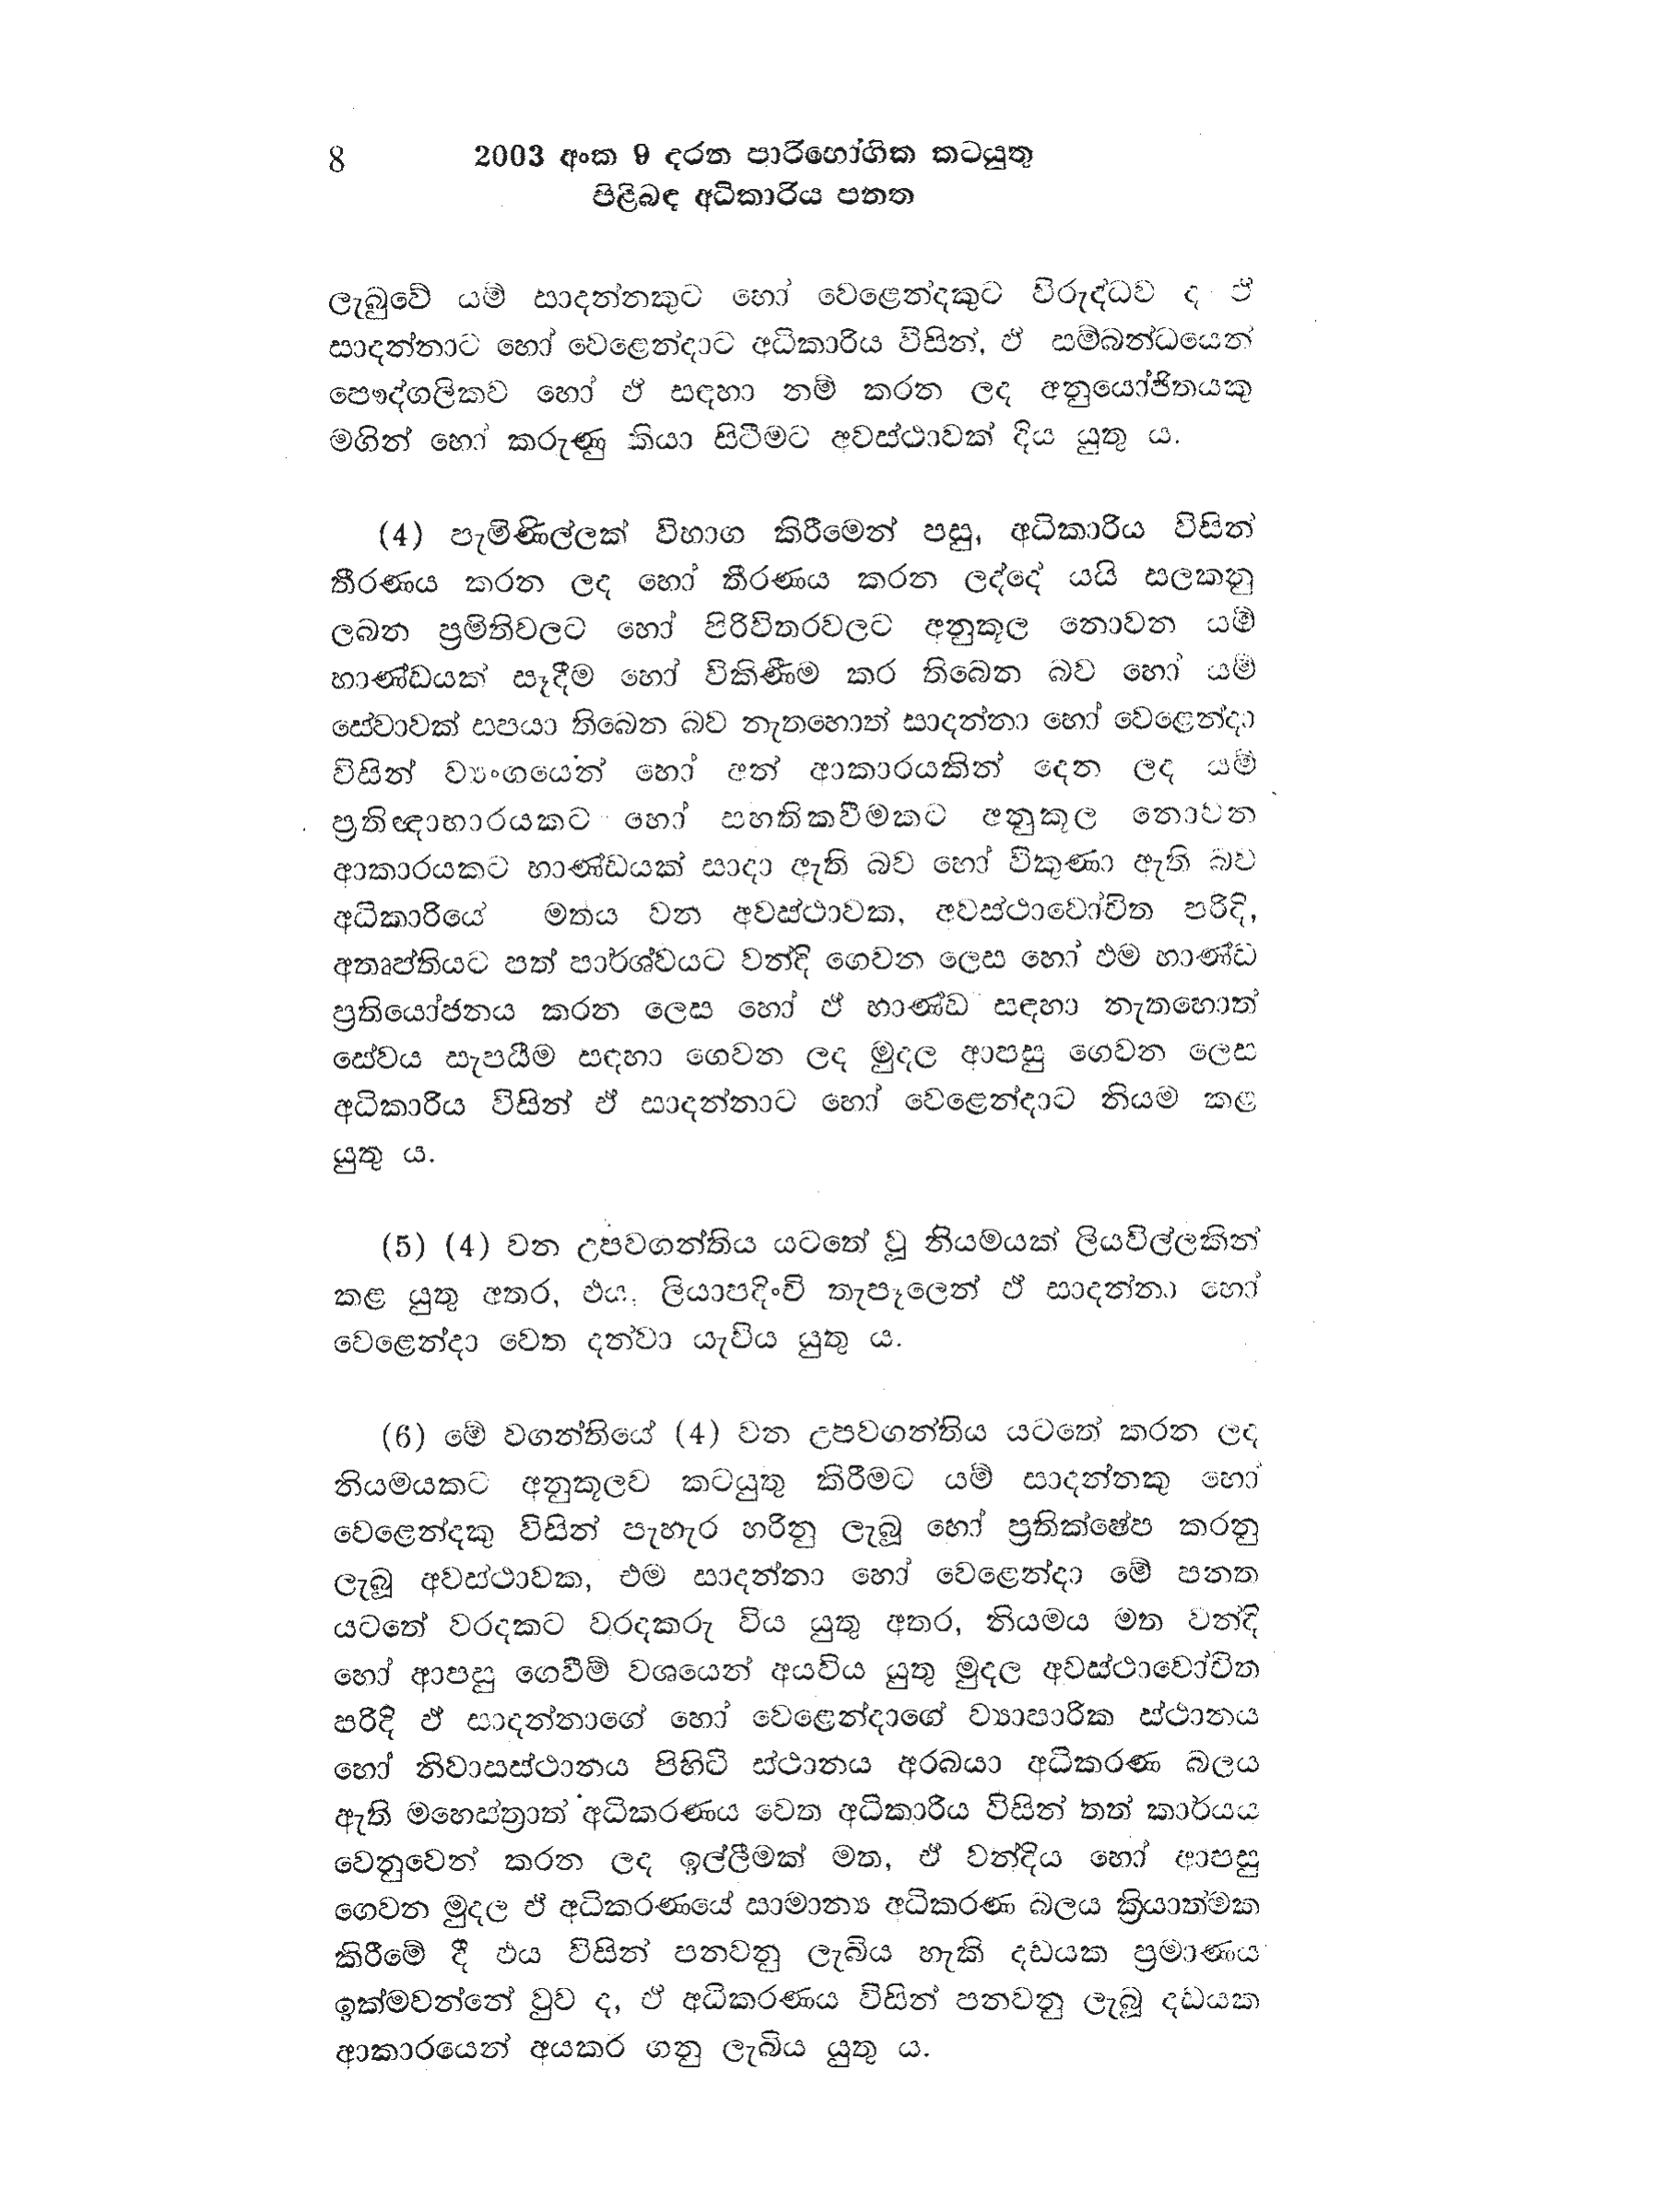
8 2003 අංක 9 දරන පාරිභෝගික කටයුතු
පිළිබඳ අධිකාරිය පනත

ලැබුවේ යම් සාදන්නකුට හෝ වෙළෙන්දකුට විරුද්ධව ද ඒ
සාදන්නාට හෝ වෙළෙන්දාට අධිකාරිය විසින්, ඵ් සම්බන්ධයෙන්
පෞද්ගලිකව හෝ ඒ සඳහා නම් කරන ලද අනුයෝජිතයකු
මගින් හෝ කරුණු කියා සිටීමට අවස්ථාවක් දිය යුතු ය.

(4) පැමිණිල්ලක් විභාග කිරීමෙන් පසු, අධිකාරිය විසින්
තීරණය කරන ලද හෝ තීරණය කරන ලද්දේ යයි සලකනු
ලබන ප්‍රමිතිවලට හෝ පිරිවිතරවලට අනුකූල නොවන යම්
භාණ්ඩයක් සෑදීම හෝ විකිණීම කර තිබෙන බව හෝ යම්
සේවාවක් සපයා තිබෙන බව නැතහොත් සාදන්නා හෝ වෙළෙන්දා
විසින් ව්‍යංගයෙන් හෝ අන් ආකාරයකින් දෙන ලද යම්
ප්‍රතිඥාභාරයකට හෝ සහතිකවීමකට අනුකූල නොවන
ආකාරයකට භාණ්ඩයක් සාදා ඇති බව හෝ විකුණා ඇති බව
අධිකාරියේ මතය වන අවස්ථාවක, අවස්ථාවෝචිත පරිදි,
අතෘප්තියට පත් පාර්ශ්වයට වන්දි ගෙවන ලෙස හෝ එම භාණ්ඩ
ප්‍රතියෝජනය කරන ලෙස හෝ ඒ භාණ්ඩ සඳහා නැතහොත්
සේවය සැපයීම සඳහා ගෙවන ලද මුදල ආපසු ගෙවන ලෙස
අධිකාරිය විසින් ඒ සාදන්නාට හෝ වෙළෙන්දාට නියම කළ
යුතු ය.

(5) (4) වන උපවගන්තිය යටතේ වූ නියමයක් ලියවිල්ලකින්
කළ යුතු අතර, එය, ලියාපදිංචි තැපෑලෙන් ඵ් සාදන්නා හෝ
වෙළෙන්දා වෙත දන්වා යැවිය යුතු ය.

(6) මේ වගන්තියේ (4) වන උපවගන්තිය යටතේ කරන ලද
නියමයකට අනුකූලව කටයුතු කිරීමට යම් සාදන්නකු හෝ
වෙළෙන්දකු විසින් පැහැර හරිනු ලැබූ හෝ ප්‍රතික්ෂේප කරනු
ලැබූ අවස්ථාවක, එම සාදන්නා හෝ වෙළෙන්දා මේ පනත
යටතේ වරදකට වරදකරු විය යුතු අතර, නියමය මත වන්දි
හෝ ආපසු ගෙවීම් වශයෙන් අයවිය යුතු මුදල අවස්ථාවෝචිත
පරිදි ඵ් සාදන්නාගේ හෝ වෙළෙන්දාගේ ව්‍යාපාරික ස්ථානය
හෝ නිවාසස්ථානය පිහිටි ස්ථානය අරබයා අධිකරණ බලය
ඇති මහෙස්ත්‍රාත් අධිකරණය වෙත අධිකාරිය විසින් තත් කාර්යය
වෙනුවෙන් කරන ලද ඉල්ලීමක් මත, ඒ වන්දිය හෝ ආපසු
ගෙවන මුදල ඵ් අධිකරණයේ සාමාන්‍ය අධිකරණ බලය ක්‍රියාත්මක
කිරීමේ දී එය විසින් පනවනු ලැබිය හැකි දඩයක ප්‍රමාණය
ඉක්මවන්නේ වුව ද, ඒ අධිකරණය විසින් පනවනු ලැබූ දඩයක
ආකාරයෙන් අයකරගනු ලැබිය යුතු ය.